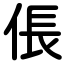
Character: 倀